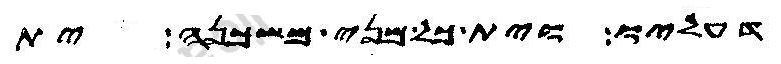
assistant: דעליו וית כל מני משכנה ית